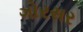
ગોરસર